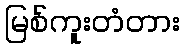
မြစ်ကူးတံတား